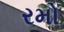
રમો